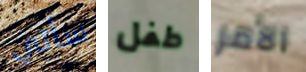
سأتي طفل الأمر